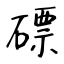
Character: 磦